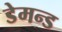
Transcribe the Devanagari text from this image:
डेमन्ड